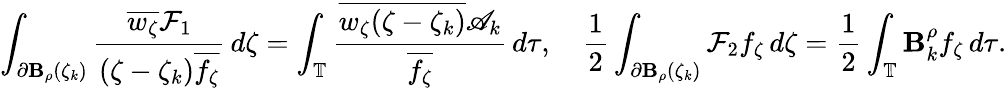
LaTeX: \int_{\partial\mathbf{B}_{\rho}(\zeta_{k})}\frac{{\overline{{{w_{\zeta}}}}\mathcal{{F}}_{1}}}{{(\zeta-\zeta_{k})\overline{{{f_{\zeta}}}}}}\, d\zeta=\int_{\mathbb{{T}}}\frac{{\overline{{{w_{\zeta}(\zeta-\zeta_{k})}}}\mathscr{{A}}_{k}}}{{\overline{{{f_{\zeta}}}}}}\, d\tau,\quad\frac{1}{2}\int_{\partial\mathbf{B}_{\rho}(\zeta_{k})}\mathcal{{F}}_{2}f_{\zeta}\, d\zeta=\frac{1}{2}\int_{\mathbb{{T}}}\mathcal{{\mathbf{B}}}_{k}^{\rho}f_{\zeta}\, d\tau.